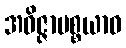
အဝိဇ္ဇာပစ္စယာဝ